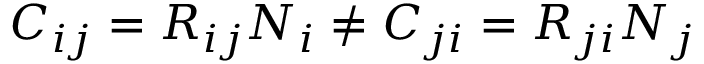
C _ { i j } = R _ { i j } N _ { i } \neq C _ { j i } = R _ { j i } N _ { j }